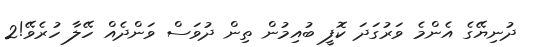
ދުނިޔޭގެ އެންމެ ވަރުގަދަ ކޮފީ ބުއިމުން ތިން ދުވަސް ވަންދެއް ހޭލާ ހުރެވޭ!2